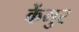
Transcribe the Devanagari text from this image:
केंमुर